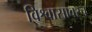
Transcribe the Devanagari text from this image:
विश्वासावरच